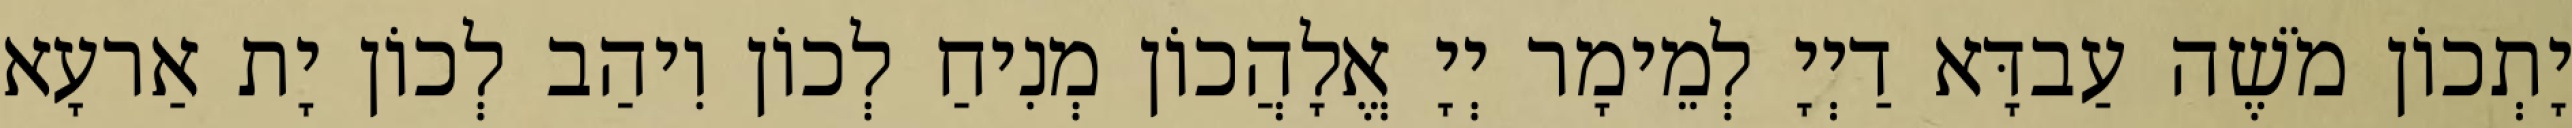
יָתְכוֹן מֹשֶׁה עַבדָּא דַיְיָ לְמֵימָר יְיָ אֱלָהֲכוֹן מְנִיחַ לְכוֹן וִיהַב לְכוֹן יָת אַרעָא